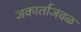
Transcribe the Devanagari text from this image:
जकार्ताजवळ